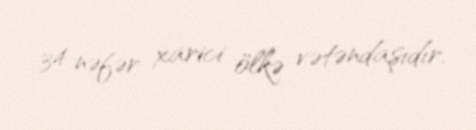
34 nəfər xarici ölkə vətəndaşıdır.